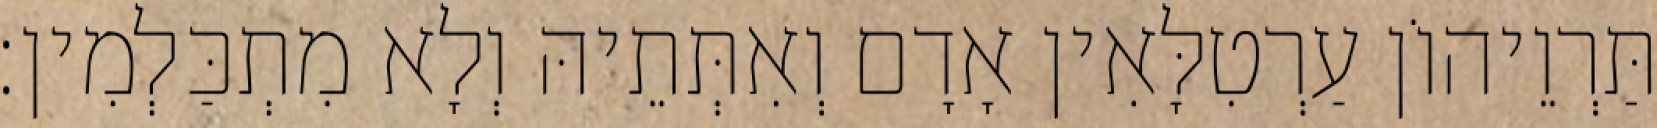
תַּרְוֵיהוֹן עַרְטִלָּאִין אָדָם וְאִתְּתֵיהּ וְלָא מִתְכַּלְמִין׃